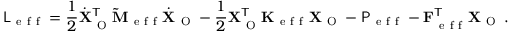
\mathsf { L } _ { \mathrm { ~ e ~ f ~ f ~ } } = \frac { 1 } { 2 } \dot { \mathbf { X } } _ { \mathrm { ~ O ~ } } ^ { \mathsf { T } } \mathbf { \widetilde { M } } _ { \mathrm { ~ e ~ f ~ f ~ } } \dot { \mathbf { X } } _ { \mathrm { ~ O ~ } } - \frac { 1 } { 2 } \mathbf { X } _ { \mathrm { ~ O ~ } } ^ { \mathsf { T } } \mathbf { K } _ { \mathrm { ~ e ~ f ~ f ~ } } \mathbf { X } _ { \mathrm { ~ O ~ } } - \mathsf { P } _ { \mathrm { ~ e ~ f ~ f ~ } } - \mathbf { F } _ { \mathrm { ~ e ~ f ~ f ~ } } ^ { \mathsf { T } } \mathbf { X } _ { \mathrm { ~ O ~ } } \, .